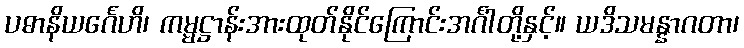
ပဓာနိယင်္ဂေဟိ၊ ကမ္မဋ္ဌာန်းအားထုတ်နိုင်ကြောင်းအင်္ဂါတို့နှင့်။ ယဒိသမန္နာဂတာ၊